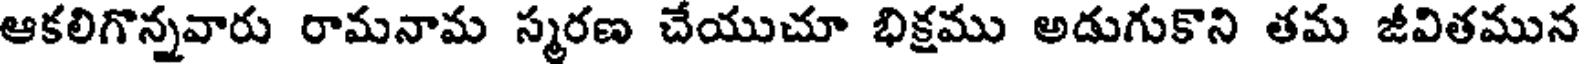
ఆకలిగొన్నవారు రామనామ స్మరణ చేయుచూ భిక్షము అడుగుకొని తమ జీవితమున